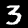
Label: 3